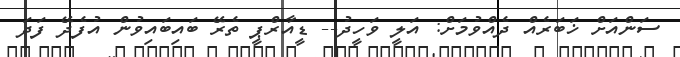
ސަންއަށް ޚަބަރެއް ދެއްވުމަށް: އަލީ ވަހީދު-- ޑީއާރްޕީ ތެރޭ ބައިބައިވުން އުފެދޭ ފަދަ